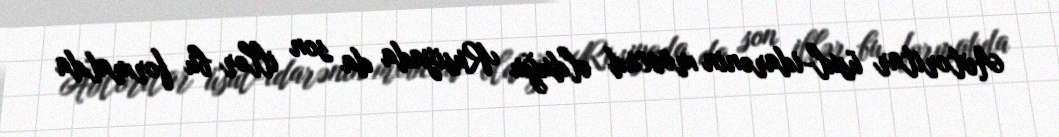
Avtoritar üsul-idarənin mövcud olduğu Rusiyada da son illər bu formatda